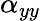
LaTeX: \alpha_{yy}